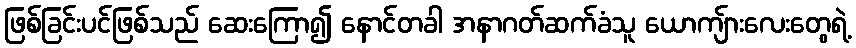
ဖြစ်ခြင်းပင်ဖြစ်သည် ဆေးကြော၍ နောင်တခါ အနာဂတ်ဆက်ခံသူ ယောကျ်ားလေးတွေရဲ့